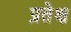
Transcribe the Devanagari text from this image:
प्रतेक्ष